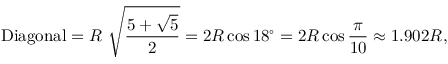
{ \mathrm { D i a g o n a l } } = R \ { \sqrt { \frac { 5 + { \sqrt { 5 } } } { 2 } } } = 2 R \cos 1 8 ^ { \circ } = 2 R \cos { \frac { \pi } { 1 0 } } \approx 1 . 9 0 2 R ,